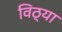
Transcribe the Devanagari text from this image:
विठ्या